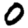
Digit: 0